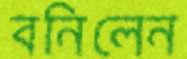
বনিলেন